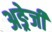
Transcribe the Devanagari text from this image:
अङ्रेजी